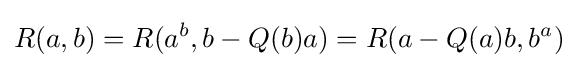
\displaystyle {R(a,b)=R(a^{b},b-Q(b)a)=R(a-Q(a)b,b^{a})}